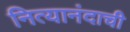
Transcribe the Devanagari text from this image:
नित्यानंदाची